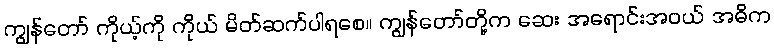
ကျွန်တော် ကိုယ့်ကို ကိုယ် မိတ်ဆက်ပါရစေ။ ကျွန်တော်တို့က ဆေး အရောင်းအဝယ် အဓိက